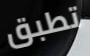
تطبق